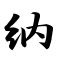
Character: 纳